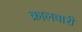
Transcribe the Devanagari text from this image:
क्रालवारी